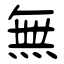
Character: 無